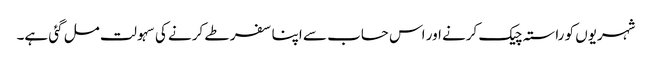
شہریوں کو راستہ چیک کرنے اور اس حساب سے اپنا سفر طے کرنے کی سہولت مل گئی ہے۔